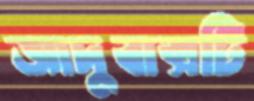
জাদুবাক্সটি